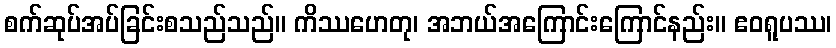
စက်ဆုပ်အပ်ခြင်းစသည်သည်။ ကိဿဟေတု၊ အဘယ်အကြောင်းကြောင်နည်း။ ဧဝရူပဿ၊